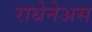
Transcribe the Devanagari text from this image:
राथेनेअस